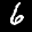
Label: 6